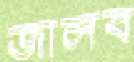
জালব